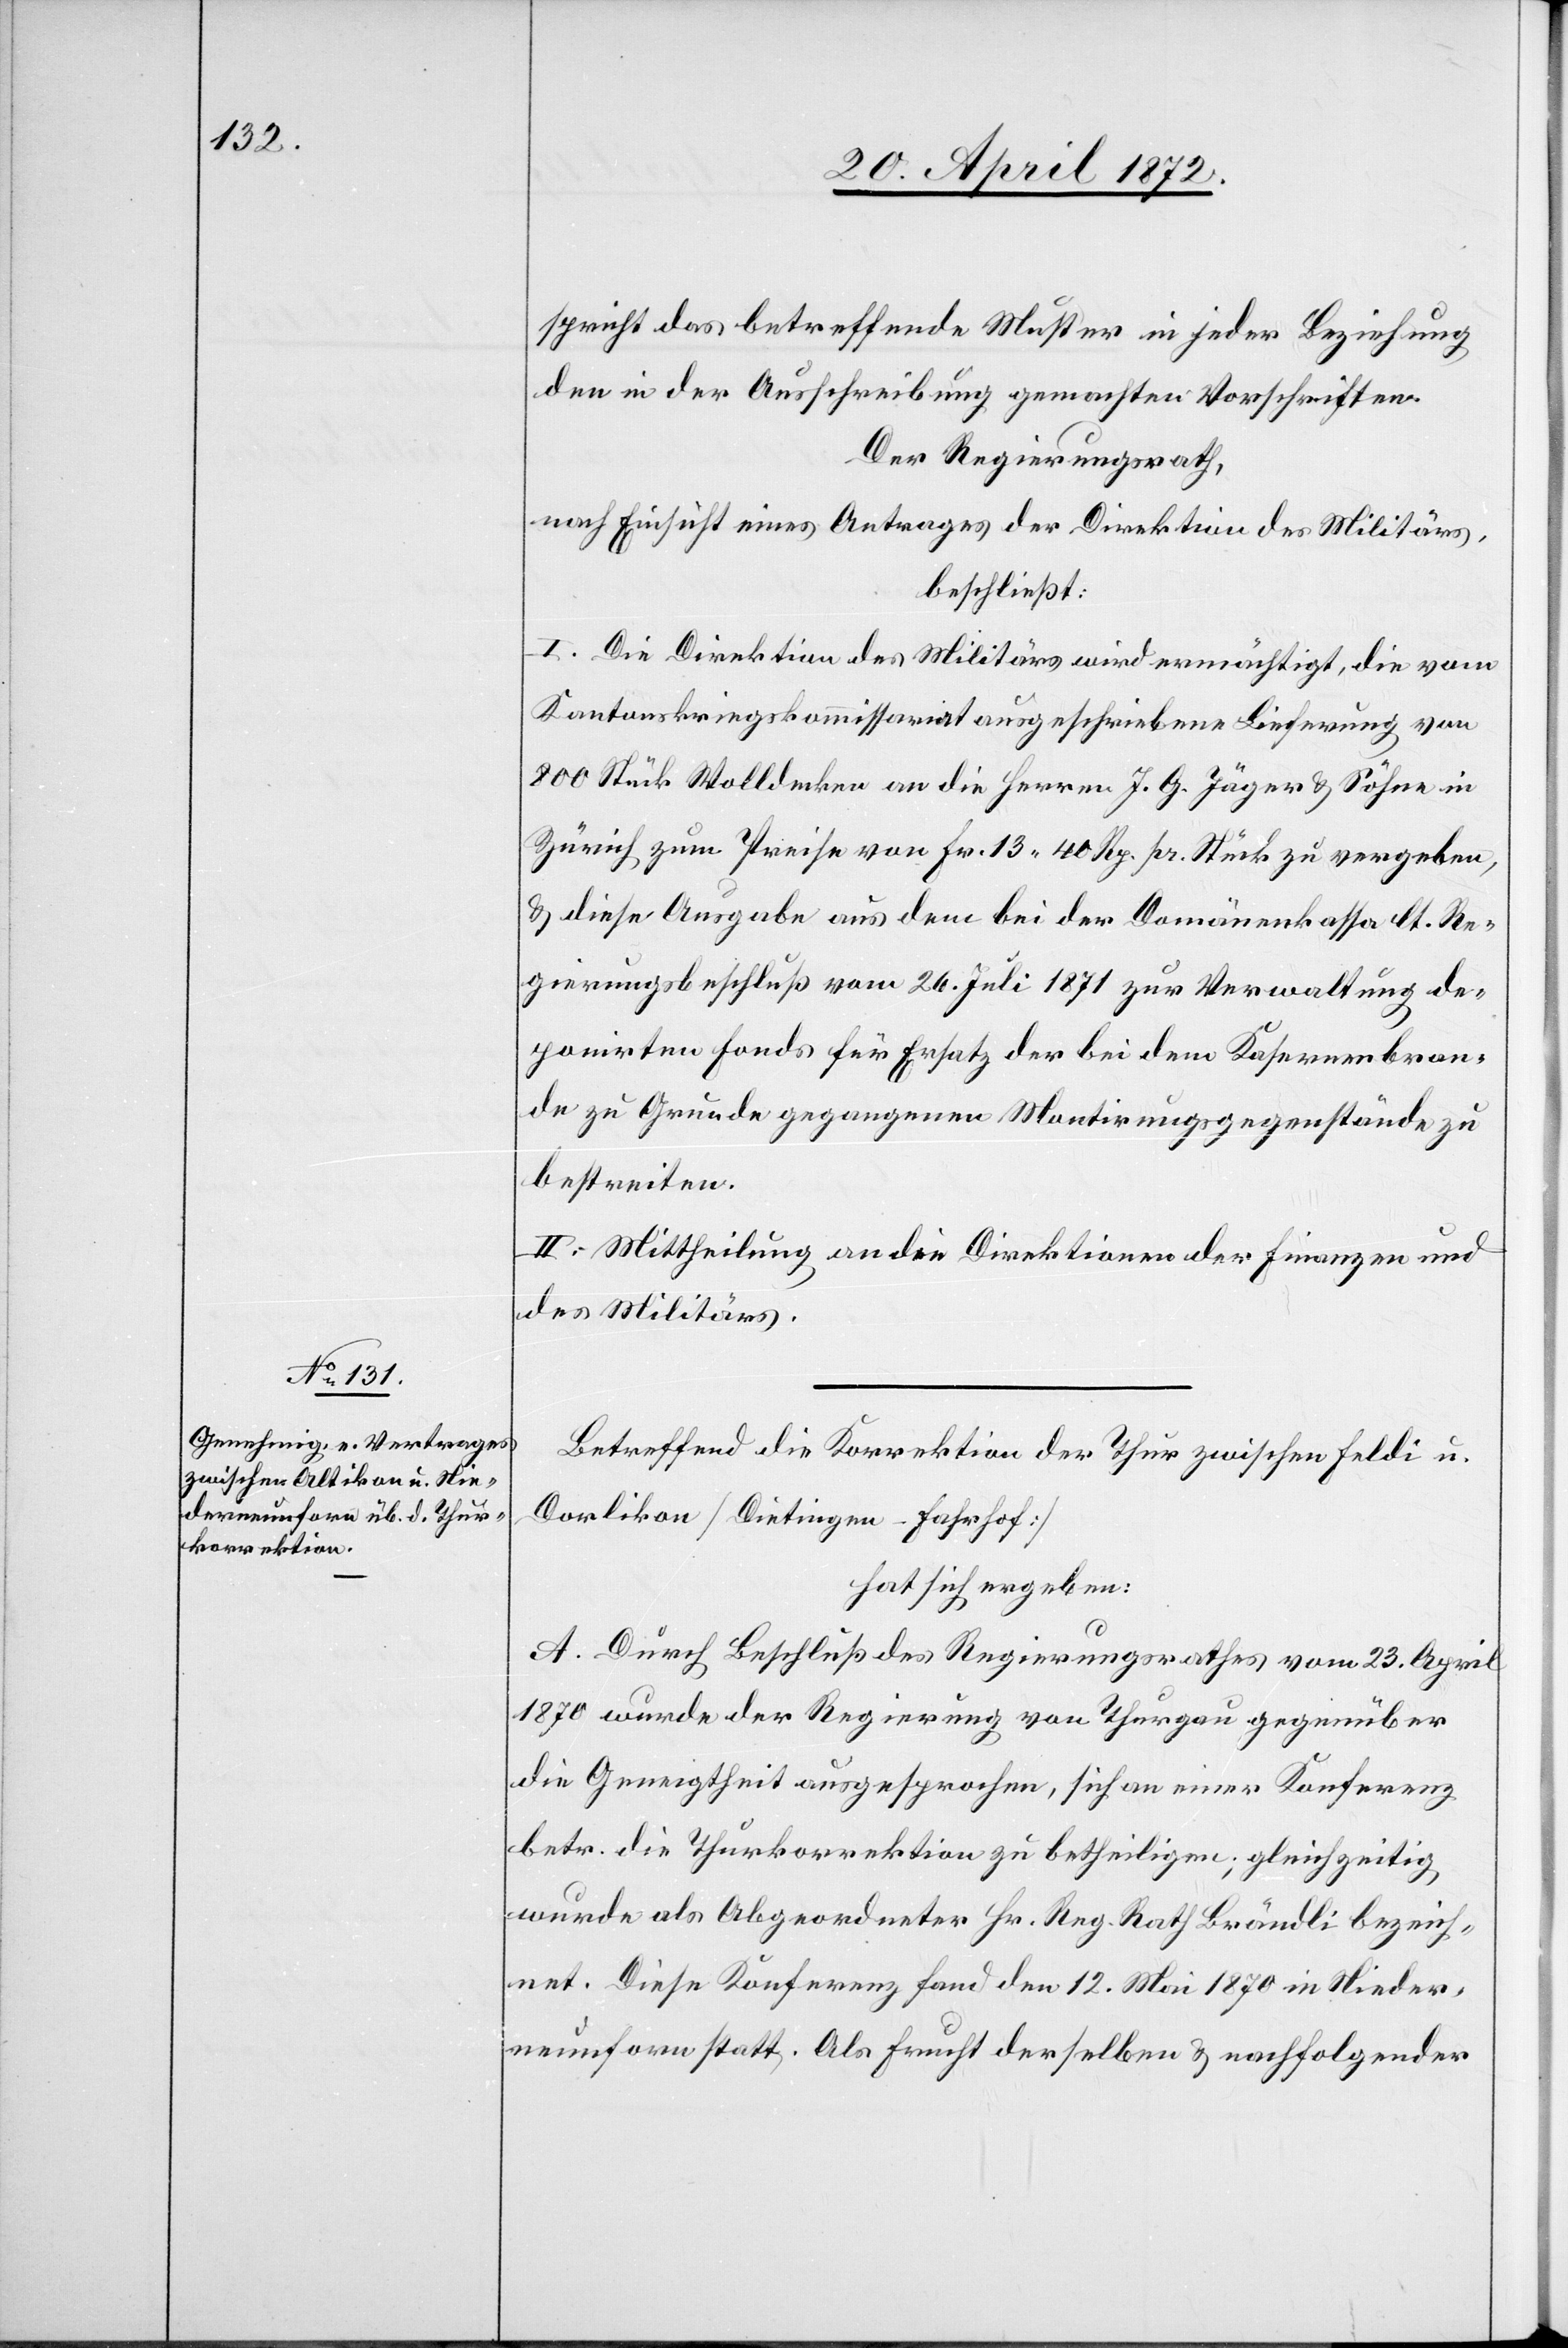
spricht das betreffende Muster in jeder Beziehung
den in der Ausschreibung gemachten Vorschriften.
Der Regierungsrath,
nach Einsicht eines Antrages der Direktion des Militärs,
beschließt:
I. Die Direktion des Militärs wird ermächtigt, die vom
Kantonskriegskommissariat ausgeschriebene Lieferung von
800 Stück Wolldecken an die Herren J. G. Jäger u. Söhne in
Zürich zum Preise von Fr. 13 40 Rp. pr. Stück zu vergeben,
u. diese Ausgabe aus dem bei der Domänenkasse lt. Re¬
gierungsbeschluß vom 26. Juli 1871 zur Verwaltung de¬
ponirten Fonds für Ersatz der bei dem Kasernenbran¬
d zu Grunde gegangenen Montirungsgegenstände zu
bestreiten.
II. Mittheilung an die Direktionen der Finanzen und
des Militärs.
Betreffend die Korrektion der Thur zwischen Feldi u.
Dorlikon [Dietingen–Fahrhof]
hat sich ergeben:
A. Durch Beschluß des Regierungsrathes vom 23. April
1870 wurde der Regierung von Thurgau gegenüber
die Geneigtheit ausgesprochen, sich an einer Konferenz
betr. die Thurkorrektion zu betheiligen; gleichzeitig
wurde als Abgeordneter Hr. Reg. Rath. Brändli bezeich¬
net. Diese Konferenz fand den 12. Mai 1870 in Nieder¬
neunforn statt. Als Frucht derselben u. nachfolgender